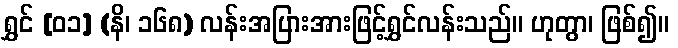
ရွှင် [၀၁] (နိ၊ ၁၆၈) လန်းအပြားအားဖြင့်ရွှင်လန်းသည်။ ဟုတွာ၊ ဖြစ်၍။